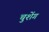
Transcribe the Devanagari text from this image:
चुशेंग